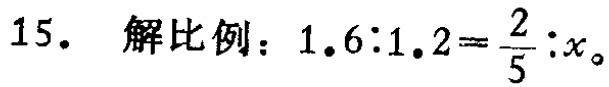
15. 解比例：\(1.6:1.2 = \frac{2}{5}:x\)